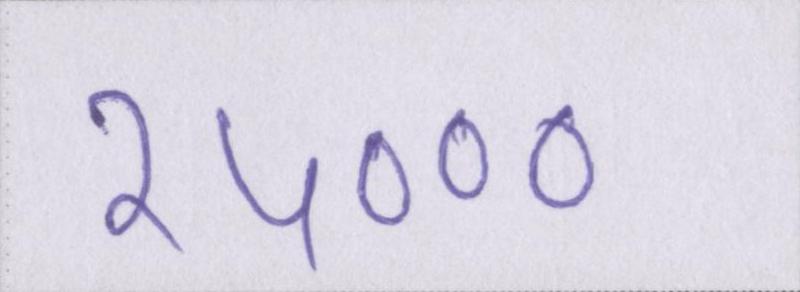
२५०००